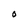
Character: 0